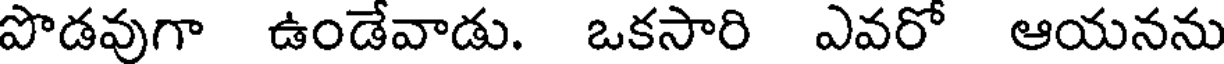
పొడవుగా ఉండేవాడు. ఒకసారి ఎవరో ఆయనను